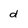
Character: d